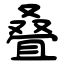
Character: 叠